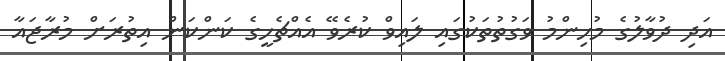
އަދި ދުވާލުގެ މުހިންމު ވަގުތުތަކުގައި ލައިވް ކުރެވޭ އެއްޗެހީގެ ކަންކަން އިތުރަށް މުރާޖައާ